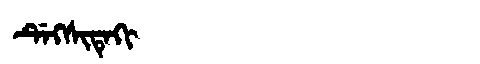
Manchu: ᡩᡝᡴᠰᡳᡨᡝᡴᡳ
Romanization: DEKSITEKI